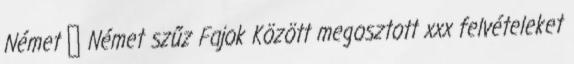
Német ▪ Német szűz Fajok Között megosztott xxx felvételeket